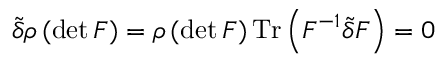
\tilde { \delta } \rho \, ( \mathrm { d e t \, } \boldsymbol F ) = \rho \, ( \mathrm { d e t \, } \boldsymbol F ) \, \mathrm { T r } \left( \boldsymbol F ^ { - 1 } \tilde { \delta } F \right) = 0